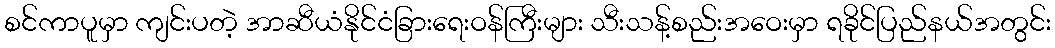
စင်ကာပူမှာ ကျင်းပတဲ့ အာဆီယံနိုင်ငံခြားရေးဝန်ကြီးများ သီးသန့်စည်းအဝေးမှာ ရခိုင်ပြည်နယ်အတွင်း